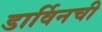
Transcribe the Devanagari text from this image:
डार्विनची